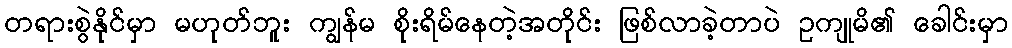
တရားစွဲနိုင်မှာ မဟုတ်ဘူး ကျွန်မ စိုးရိမ်နေတဲ့အတိုင်း ဖြစ်လာခဲ့တာပဲ ဥကျုမိ၏ ခေါင်းမှာ